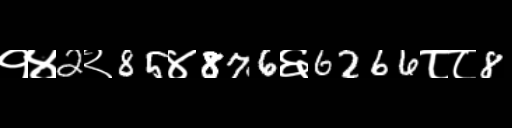
Text: १४2२85४876६6266८८8